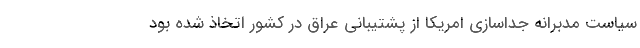
سیاست مدبرانه جداسازی امریکا از پشتیبانی عراق در کشور اتخاذ شده بود